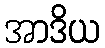
အာဒိယ